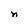
Character: n